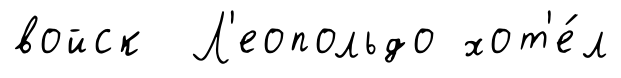
войск Л'еопольдо хот'е́л